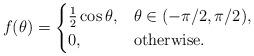
LaTeX: \begin{align*} f(\theta) = \begin{cases} \frac{1}{2}\cos \theta, & \theta \in (-\pi/2,\pi/2), \\ 0,& \textrm{otherwise}. \end{cases} \end{align*}